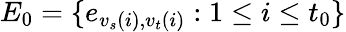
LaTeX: E_{0}=\{ e_{{v_{s}}(i),{v_{t}}(i)}:1\le i\le t_{0}\}